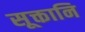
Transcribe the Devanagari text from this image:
सूक्तानि